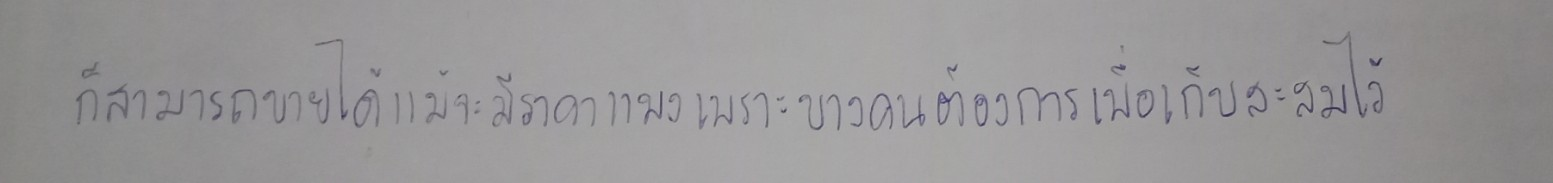
ก็สามารถขายได้แม้จะมีราคาแพงเพราะบางคนต้องการเพื่อเก็บสะสมไว้